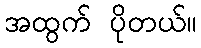
အထွက် ပိုတယ်။